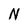
Character: N